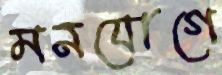
মনযোগে